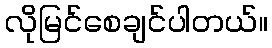
လိုမြင်စေချင်ပါတယ်။